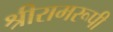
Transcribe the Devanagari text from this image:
श्रीरामरूपी